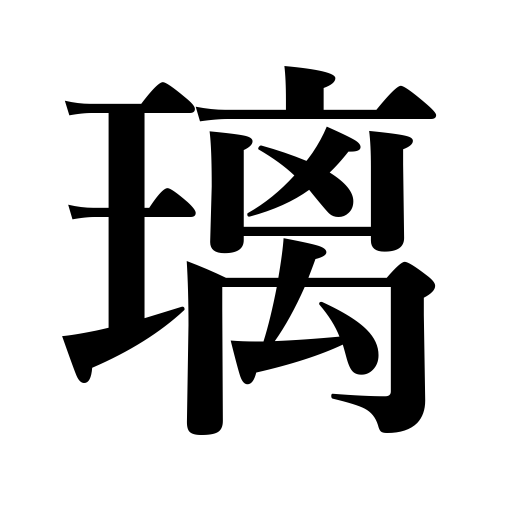
Meanings: lapis lazuli